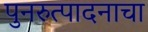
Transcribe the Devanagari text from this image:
पुनरुत्पादनाचा